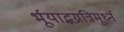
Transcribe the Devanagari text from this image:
र्भूयाद्भग्नत्रिमूर्ध्न